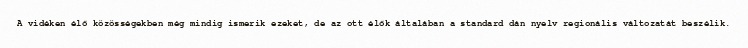
A vidéken élő közösségekben még mindig ismerik ezeket, de az ott élők általában a standard dán nyelv regionális változatát beszélik.